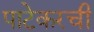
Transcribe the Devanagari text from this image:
पाटेकरची